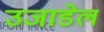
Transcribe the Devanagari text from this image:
उजाडेल